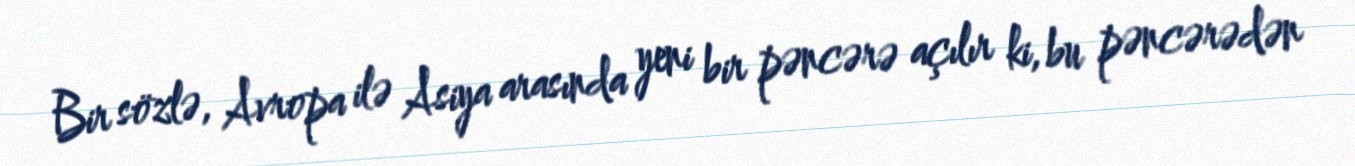
Bir sözlə, Avropa ilə Asiya arasında yeni bir pəncərə açılır ki, bu pəncərədən